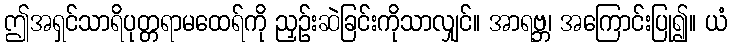
ဤအရှင်သာရိပုတ္တရာမထေရ်ကို ညှဉ်းဆဲခြင်းကိုသာလျှင်။ အာရဗ္ဘ၊ အကြောင်းပြု၍။ ယံ